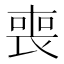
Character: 喪